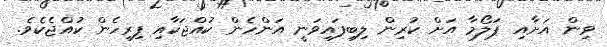
ވިން އަށާއި ޕަލޯމާ އަށް ކުރިން ލިބިފައިވަނީ އަންހެން ކުއްޖަކާއި ފިރިހެން ކުއްޖެކެވެ.